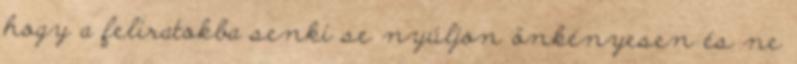
hogy a feliratokba senki se nyúljon önkényesen és ne